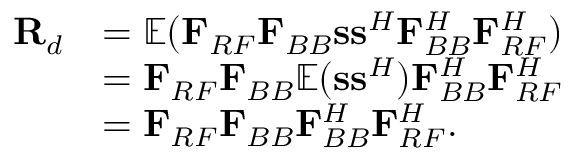
\begin{array} { r l } { { \mathbf { R } _ { d } } } & { = { \mathbb { E } } ( { { \mathbf { F } } _ { R F } } { { \mathbf { F } } _ { B B } } { \mathbf { s s } ^ { H } } { \mathbf { F } } _ { B B } ^ { H } { \mathbf { F } } _ { R F } ^ { H } ) } \\ & { = { { \mathbf { F } } _ { R F } } { { \mathbf { F } } _ { B B } } { \mathbb { E } } ( { \mathbf { s } } { { \mathbf { s } } ^ { H } } ) { \mathbf { F } } _ { B B } ^ { H } { \mathbf { F } } _ { R F } ^ { H } } \\ & { = { { \mathbf { F } } _ { R F } } { { \mathbf { F } } _ { B B } } { \mathbf { F } } _ { B B } ^ { H } { \mathbf { F } } _ { R F } ^ { H } . } \end{array}